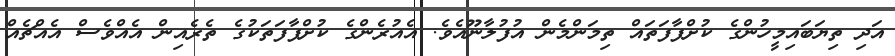
އަދި ތިޔަބައިމީހުންގެ ކުށްފާފަތައް ތިމަންމެން އުފުލާނޫއެވެ. އެއުރެންގެ ކުށްފާފަތަކުގެ ތެރެއިން އެއްވެސް އެއްޗެއް